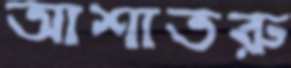
আশাতরু